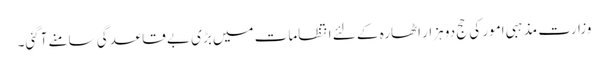
وزارت مذہبی امور کی حج دو ہزار اٹھارہ کے لئے انتظامات میں بڑی بے قاعدگی سامنے آگئی۔